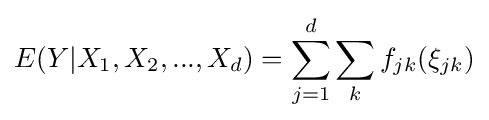
E(Y|X_{1},X_{2},...,X_{d})=\sum _{j=1}^{d}\sum _{k}f_{jk}(\xi _{jk})